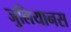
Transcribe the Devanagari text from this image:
जुलियानस